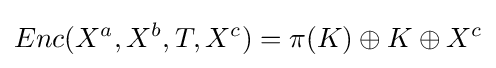
Enc(X^{a},X^{b},T,X^{c})=\pi (K)\oplus K\oplus X^{c}